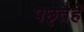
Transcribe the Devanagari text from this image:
पछ्तैहें